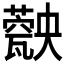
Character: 𤮡